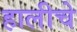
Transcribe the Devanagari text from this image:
हालीचे